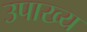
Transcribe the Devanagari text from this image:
उपाख्‍य